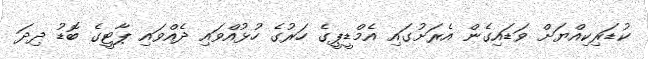
ކުޑަރިކިއްޔަށް ވަޑައިގެން އެރަށުގައި އެމްޑީޕީގެ ހަރުގެ ހުޅުއްވައި ދެއްވައި ޕާޓީގެ ބޮޑު ދިދަ